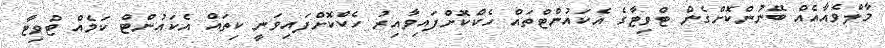
މާލްވެއާއެއް ބޭނުންކޮށްގެން ޓްވިޓާގެ އެކައުންޓްތައް ހެކްކޮށްފައިވާއިރު ހެކްކޮށްފައިވަނީ ކިތައް އެކައުންޓް ކަމެއް ޓްވިޓާ